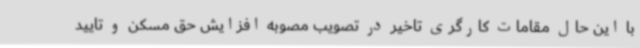
با این حال مقامات کارگری تاخیر در تصویب مصوبه افزایش حق مسکن و تایید